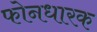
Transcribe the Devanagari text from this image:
फोनधारक